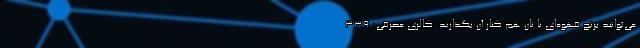
می‌توانید برنج قهوه‌ای یا نان هم کنار آن بگذارید. کالری مصرفی: ۳۳۹